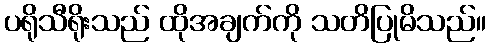
ပရိုသီရိုးသည် ထိုအချက်ကို သတိပြုမိသည်။